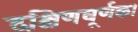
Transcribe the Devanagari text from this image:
दक्षिणघूर्णक।